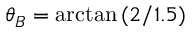
\theta _ { B } = \arctan { ( 2 / 1 . 5 ) }